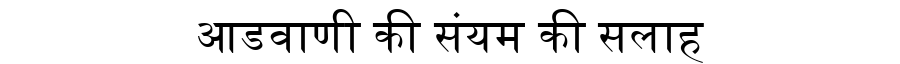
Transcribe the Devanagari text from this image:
आडवाणी की संयम की सलाह